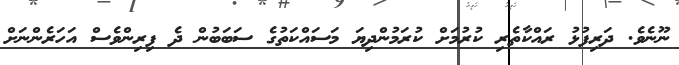
ނޫނެވެ. ދަރިފުޅު ރައްކާތެރި ކުރުމަށް ކުރަމުންދިޔަ މަސައްކަތުގެ ސަބަބުން ދެ ފިރިންވެސް އަހަރެންނަށް